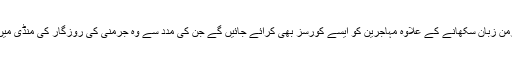
چانسلر ميرکل کے بقول جرمن زبان سکھانے کے علاوہ مہاجرين کو ايسے کورسز بھی کرائے جائيں گے جن کی مدد سے وہ جرمنی کی روزگار کی منڈی ميں ملازمت کے اہل ہو سکيں۔